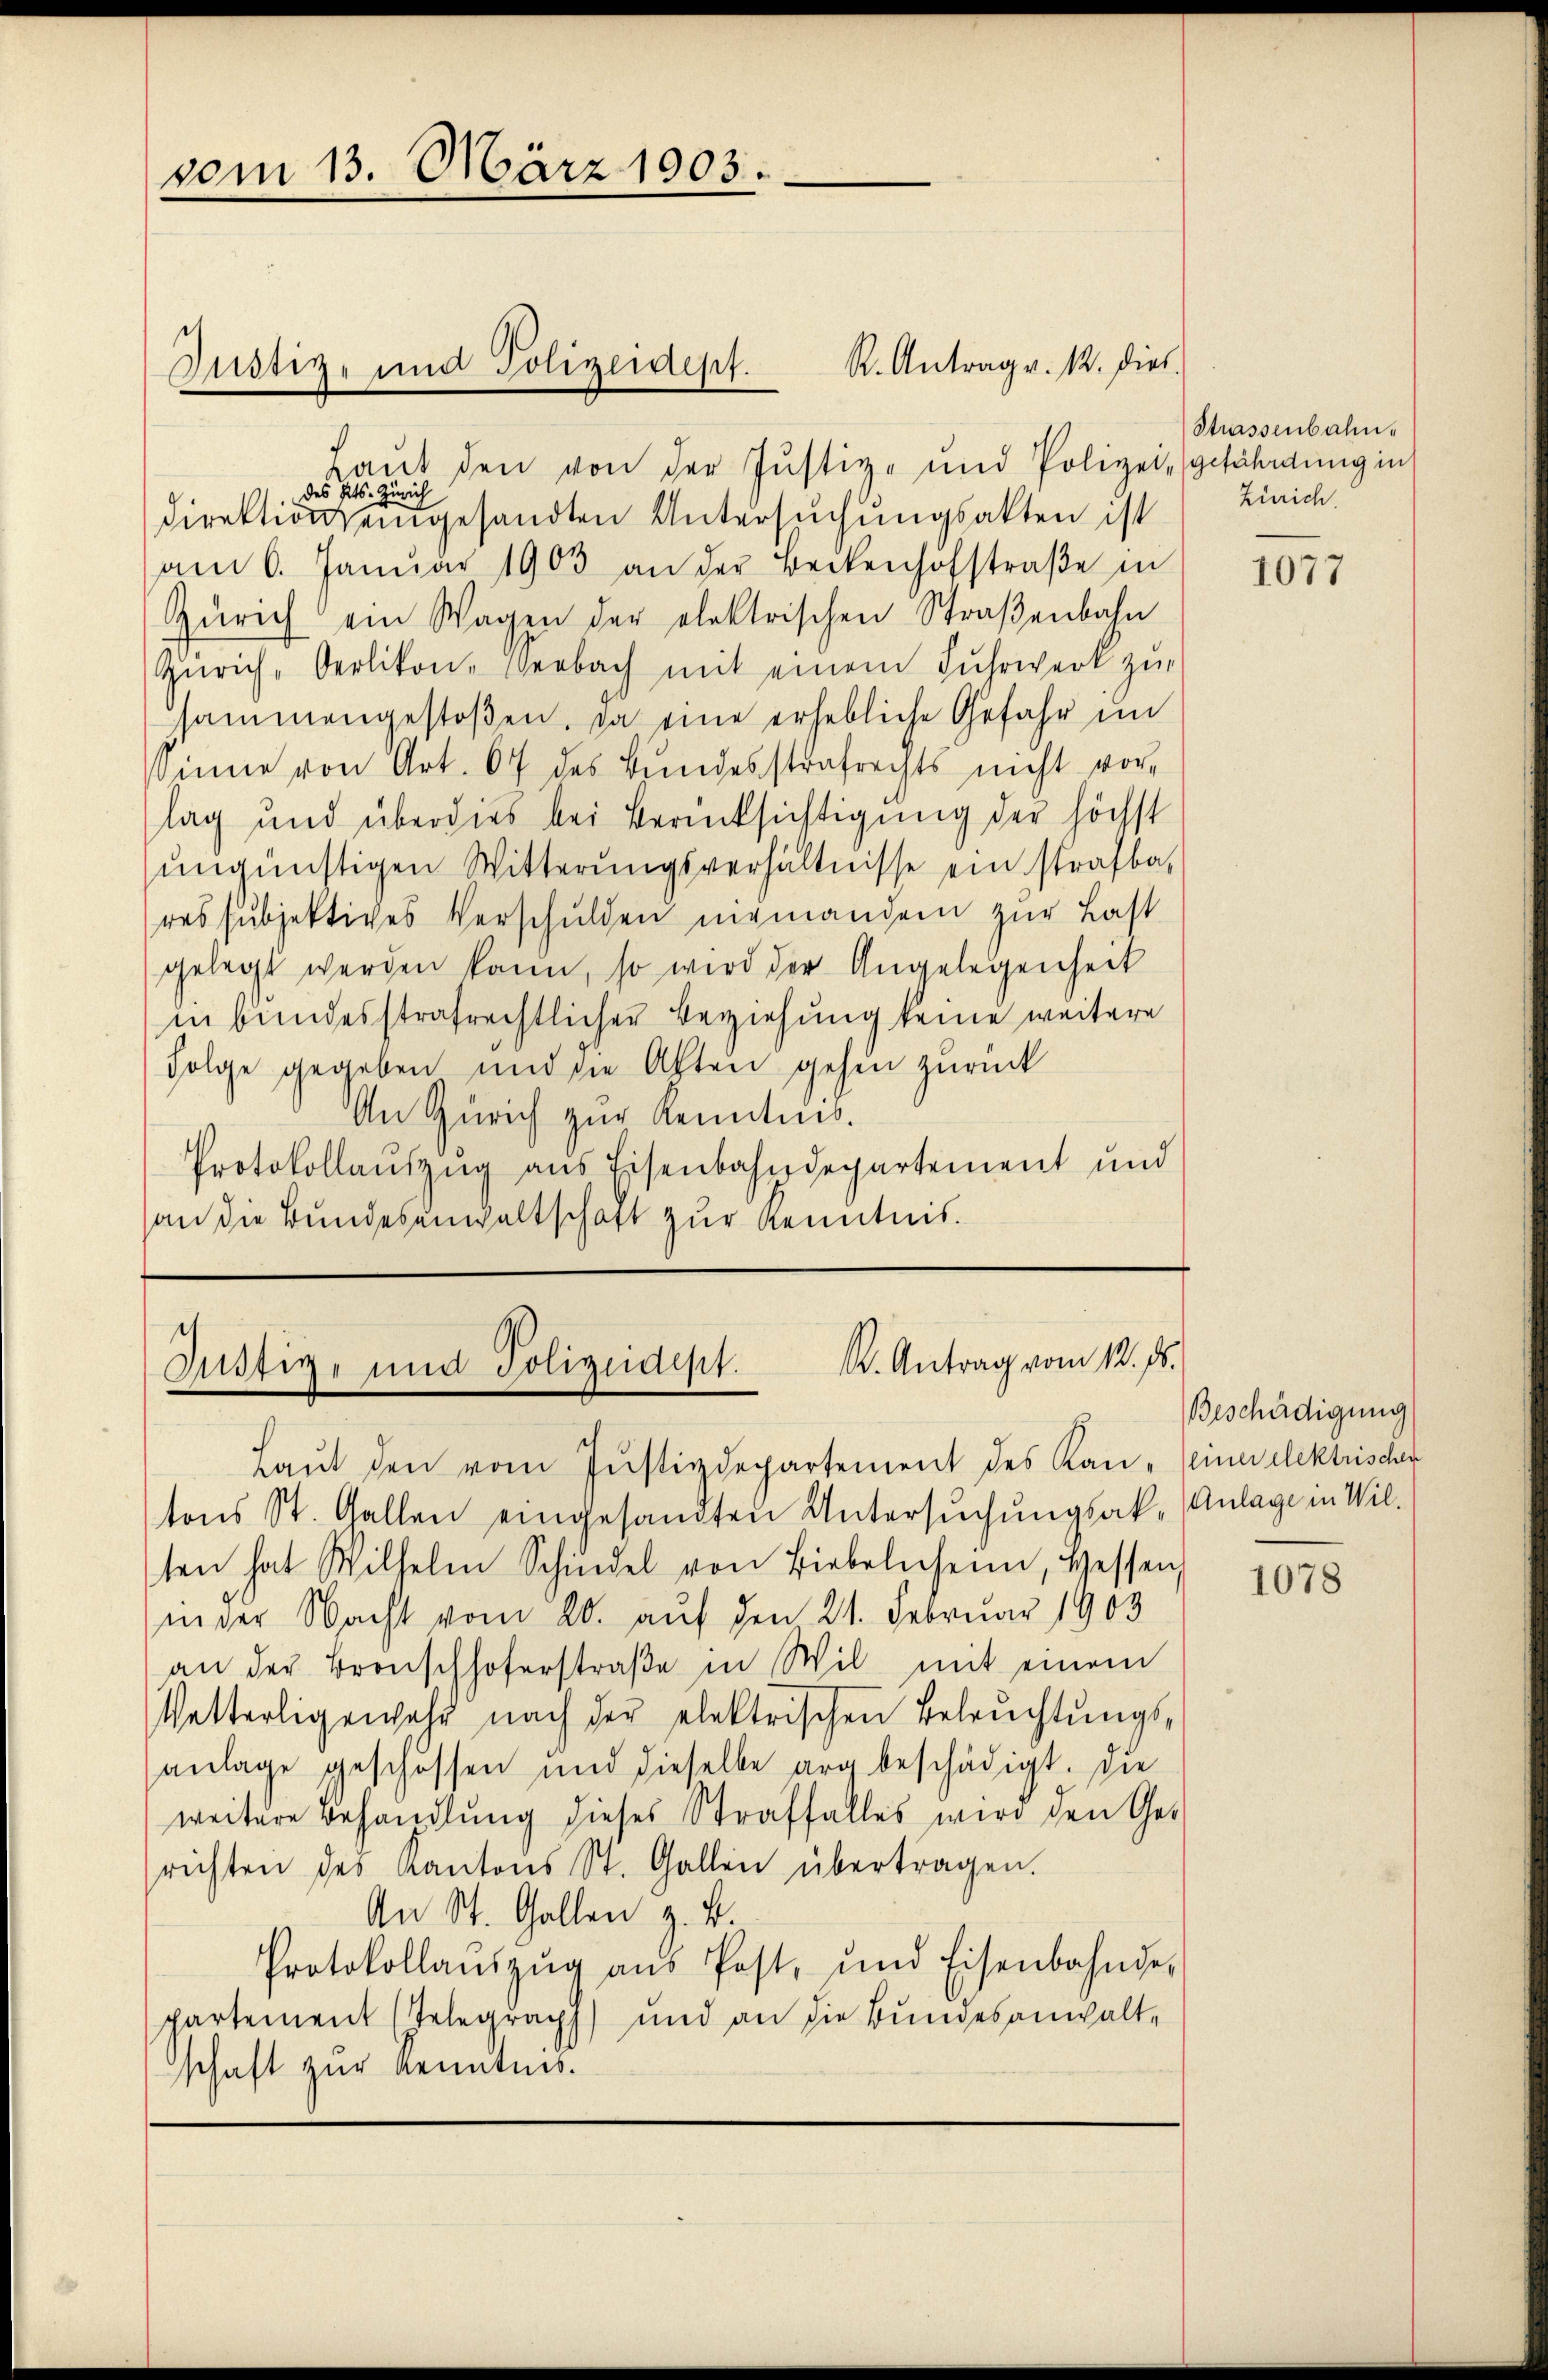
vom 13. März 1903.

Justiz- und Polizeidept.

des Kts. Zürich
Direktion eingesandten Untersuchungsakten ist
am 6. Janŭar 1903 an der Beckenhofstraβe in
Zürich ein Wagen der elektrischen Straβenbahn
Zürich, Oerlikon- Verbach mit einem Fuhrwerk zu
sammengestoßen, da eine erhebliche Gefahr un
sinne von Art. 67 des Bundesstrafrechts nicht vorlag und überdies bei Berücksichtigung der höchst
ungünstigen Witterungsverhältnisse ein strafba
res subjektives Verschulden niemandem zur Last
gelegt werden kann, so wird der Angelegenheit
in bundesstrafrechtlicher Beziehung keine weitere
Folge gegeben und die Akten gehen zurück
An Zürich zur Kenntnis.
Protokollauszug aus Eisenbahndepartement und
an die Bundesanwaltschaft zur Kenntnis.

Laut den von der Justiz- und Polizei gefährdung in

R. Antrag v. 12. Diel.

Justiz- und Polizeidept. K. Antrag vom 12. ds.

Laŭt den vom Justizdepartement des Kan- (einer elektrischer
tons St. Gallen eingesandten Untersŭchŭngsak- Anlage in Wil-
ten hat Wilhelm Schindel von Liebelnheim, Hessen
inder Nacht vom 20. aŭf den 21. Februar 1903
an der Bronschhoferstraβe in Wil mit einem
Vetterligewehr nach der elektrischen Beleŭchtŭngs-
anlage geschossen und dieselbe arg beschädigt. Die
weitere Behandlung dieses Straffalles wird den Gesrichten des Kantons St. Gallen übertragen.
An St. Gallen z. B.
Protokollaŭszŭg aŭs Post, und Eisenbahnde-
partement Telegraph) und an die Bundesanwaltschaft zur Kenntnis.

Strassenbahn¬
Zürich.

1077

Beschädigung

1078